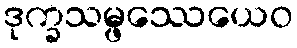
ဒုက္ခသမ္ဖဿေယေဝ